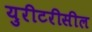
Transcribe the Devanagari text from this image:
युरीटरीसील